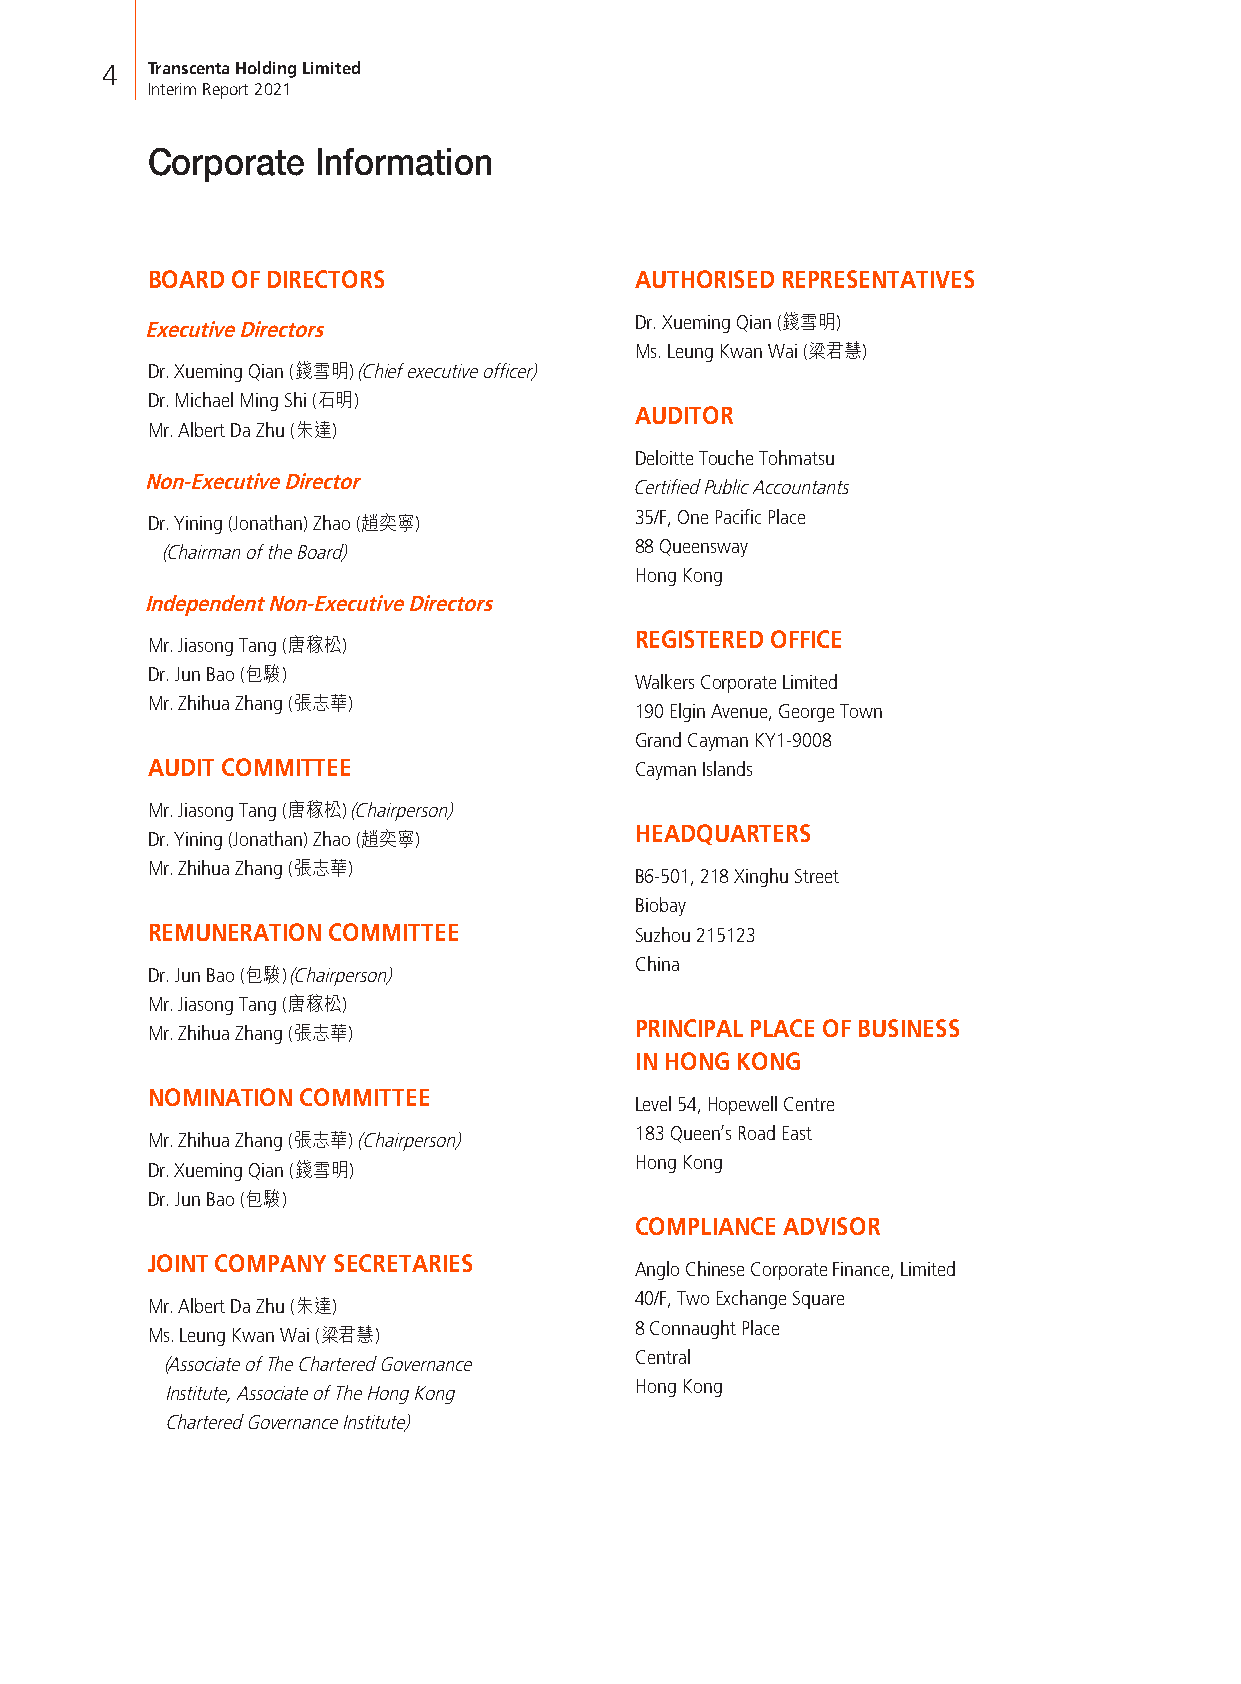
4  Transcenta Holding Limited
 Interim Report 2021
 Corporate  Information
 BOARD OF DIRECTORS              AUTHORISED REPRESENTATIVES
 Dr. Xueming Qian (錢雪明)
 Executive Directors
 Ms. Leung Kwan Wai (梁君慧)
 Dr. Xueming Qian (錢雪明) (Chief executive officer)
 Dr. Michael Ming Shi (石明)
 AUDITOR
 Mr. Albert Da Zhu (朱達)
 Deloitte Touche Tohmatsu
 Non-Executive Director
 Certified Public Accountants
 Dr. Yining (Jonathan) Zhao (趙奕寧) 35/F, One Pacific Place
 (Chairman of the Board)        88 Queensway
 Hong Kong
 Independent Non-Executive Directors
 Mr. Jiasong Tang (唐稼松)          REGISTERED OFFICE
 Dr. Jun Bao (包駿)
 Walkers Corporate Limited
 Mr. Zhihua Zhang (張志華)
 190 Elgin Avenue, George Town
 Grand Cayman KY1-9008
 AUDIT COMMITTEE                 Cayman Islands
 Mr. Jiasong Tang (唐稼松) (Chairperson)
 Dr. Yining (Jonathan) Zhao (趙奕寧) HEADQUARTERS
 Mr. Zhihua Zhang (張志華)
 B6-501, 218 Xinghu Street
 Biobay
 REMUNERATION COMMITTEE          Suzhou 215123
 China
 Dr. Jun Bao (包駿) (Chairperson)
 Mr. Jiasong Tang (唐稼松)
 Mr. Zhihua Zhang (張志華)          PRINCIPAL PLACE OF BUSINESS
 IN HONG KONG
 NOMINATION COMMITTEE
 Level 54, Hopewell Centre
 Mr. Zhihua Zhang (張志華) (Chairperson) 183 Queen’s Road East
 Dr. Xueming Qian (錢雪明)          Hong Kong
 Dr. Jun Bao (包駿)
 COMPLIANCE ADVISOR
 JOINT COMPANY SECRETARIES
 Anglo Chinese Corporate Finance, Limited
 Mr. Albert Da Zhu (朱達)          40/F, Two Exchange Square
 Ms. Leung Kwan Wai (梁君慧)        8 Connaught Place
 Central
 (Associate of The Chartered Governance
 Hong Kong
 Institute, Associate of The Hong Kong
 Chartered Governance Institute)